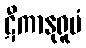
ဋီကာနုရူပံ